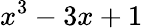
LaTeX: x^{3}-3x+1